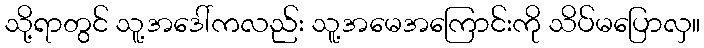
သို့ရာတွင် သူ့အဒေါ်ကလည်း သူ့အမေအကြောင်းကို သိပ်မပြောလှ။